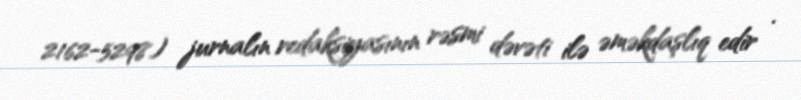
2162-5298) jurnalın redaksiyasının rəsmi dəvəti ilə əməkdaşlıq edir .